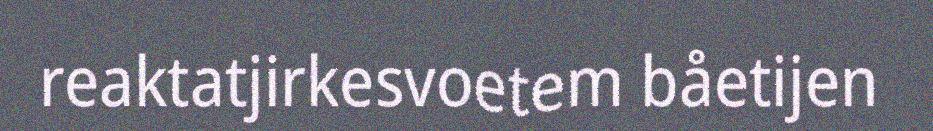
reaktatjirkesvoetem båetijen